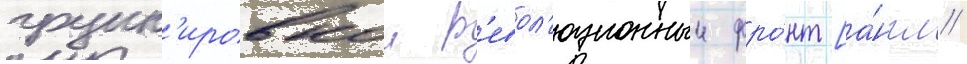
групп'ировкои р'евол'юционныи фро́нт [а́нгл.